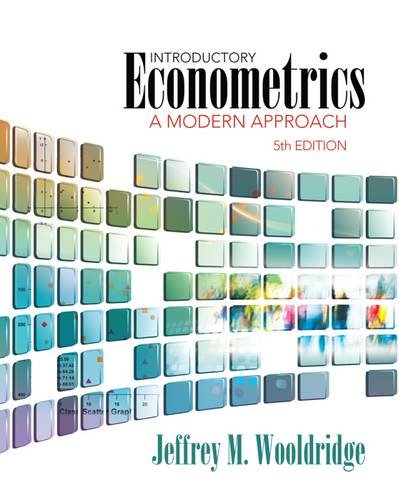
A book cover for Introductory Econometrics: A Modern Approach (Upper Level Economics Titles); Jeffrey M. Wooldridge; Business & Money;